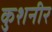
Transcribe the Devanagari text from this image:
कुशनीर